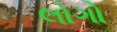
લોગો